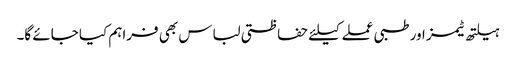
ہیلتھ ٹیمز اور طبی عملے کیلئے حفاظتی لباس بھی فراہم کیا جائے گا۔